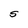
Character: S